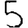
Digit: 5